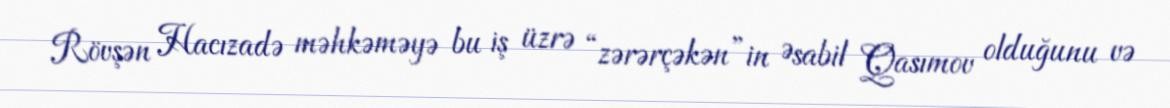
Rövşən Hacızadə məhkəməyə bu iş üzrə “zərərçəkən”in Əsabil Qasımov olduğunu və